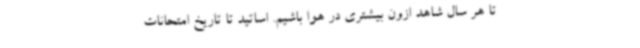
تا هر ‌سال شاهد ازون بیشتری در هوا باشیم. اساتید تا تاریخ امتحانات